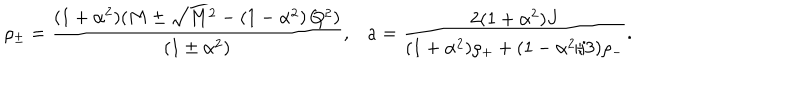
\rho _ { \pm } = \frac { ( 1 + \alpha ^ { 2 } ) ( M \pm \sqrt { M ^ { 2 } - \left( 1 - \alpha ^ { 2 } \right) Q ^ { 2 } } ) } { \left( 1 \pm \alpha ^ { 2 } \right) } , a = \frac { 2 ( 1 + \alpha ^ { 2 } ) J } { ( 1 + \alpha ^ { 2 } ) \rho _ { + } + ( 1 - \alpha ^ { 2 } / 3 ) \rho _ { - } } .